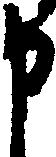
申